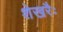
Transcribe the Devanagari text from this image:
शेखरैः